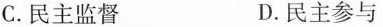
C.民主监督 D.民主参与